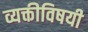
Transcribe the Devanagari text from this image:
व्यक्तीविषयी